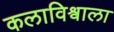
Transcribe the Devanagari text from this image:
कलाविश्वाला